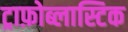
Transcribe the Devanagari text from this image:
ट्राफ़ोब्लास्टिक